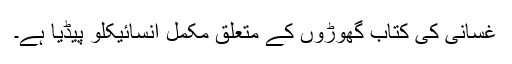
غسانی کی کتاب گھوڑوں کے متعلق مکمل انسائیکلو پیڈیا ہے۔